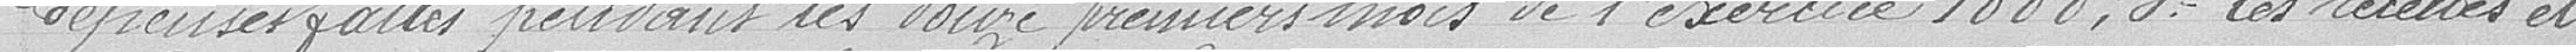
dépenses faites pendant les douze premiers mois de l'exercice 1888; 3 : les recettes et